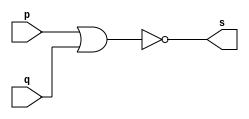
//----------------------------------------------
//----Arquitetura de computador-----------------
//----guia 02 - exercicio 02--------------------
//----Nome: Paulo Henrique de Almeida Amorim----
//----Matricula: 412765-------------------------

//--and gate--
module ANDgate (s, p, q);

	output s;
	input p, q;
	
	assign s = ~(p | q);

endmodule

//--teste andgate--

module ANDgatetest;
	reg a, b;
	wire s, s1, s2;
	
//--instancia--

	ANDgate NOR1 (s1, a, a);
	ANDgate NOR2 (s2, b, b);
	ANDgate NOR3 (s, s1, s2);
	
initial begin:start
	a = 0;
	b = 0;
end
	
//--parte principal--

initial begin:main

	$display("\nGuia 02 - exercicio 02 - Paulo Henrique - 412765");
	$display("\nTeste AND gate");
	$display("\na & b = s");
	$monitor("%b & %b = %b", a, b, s);
	
	#1 a = 0; b = 1;
	#1	a = 1; b = 0;
	#1 a = 1; b = 1;

end //--fim parte principal--

endmodule //--fim	test AND gate